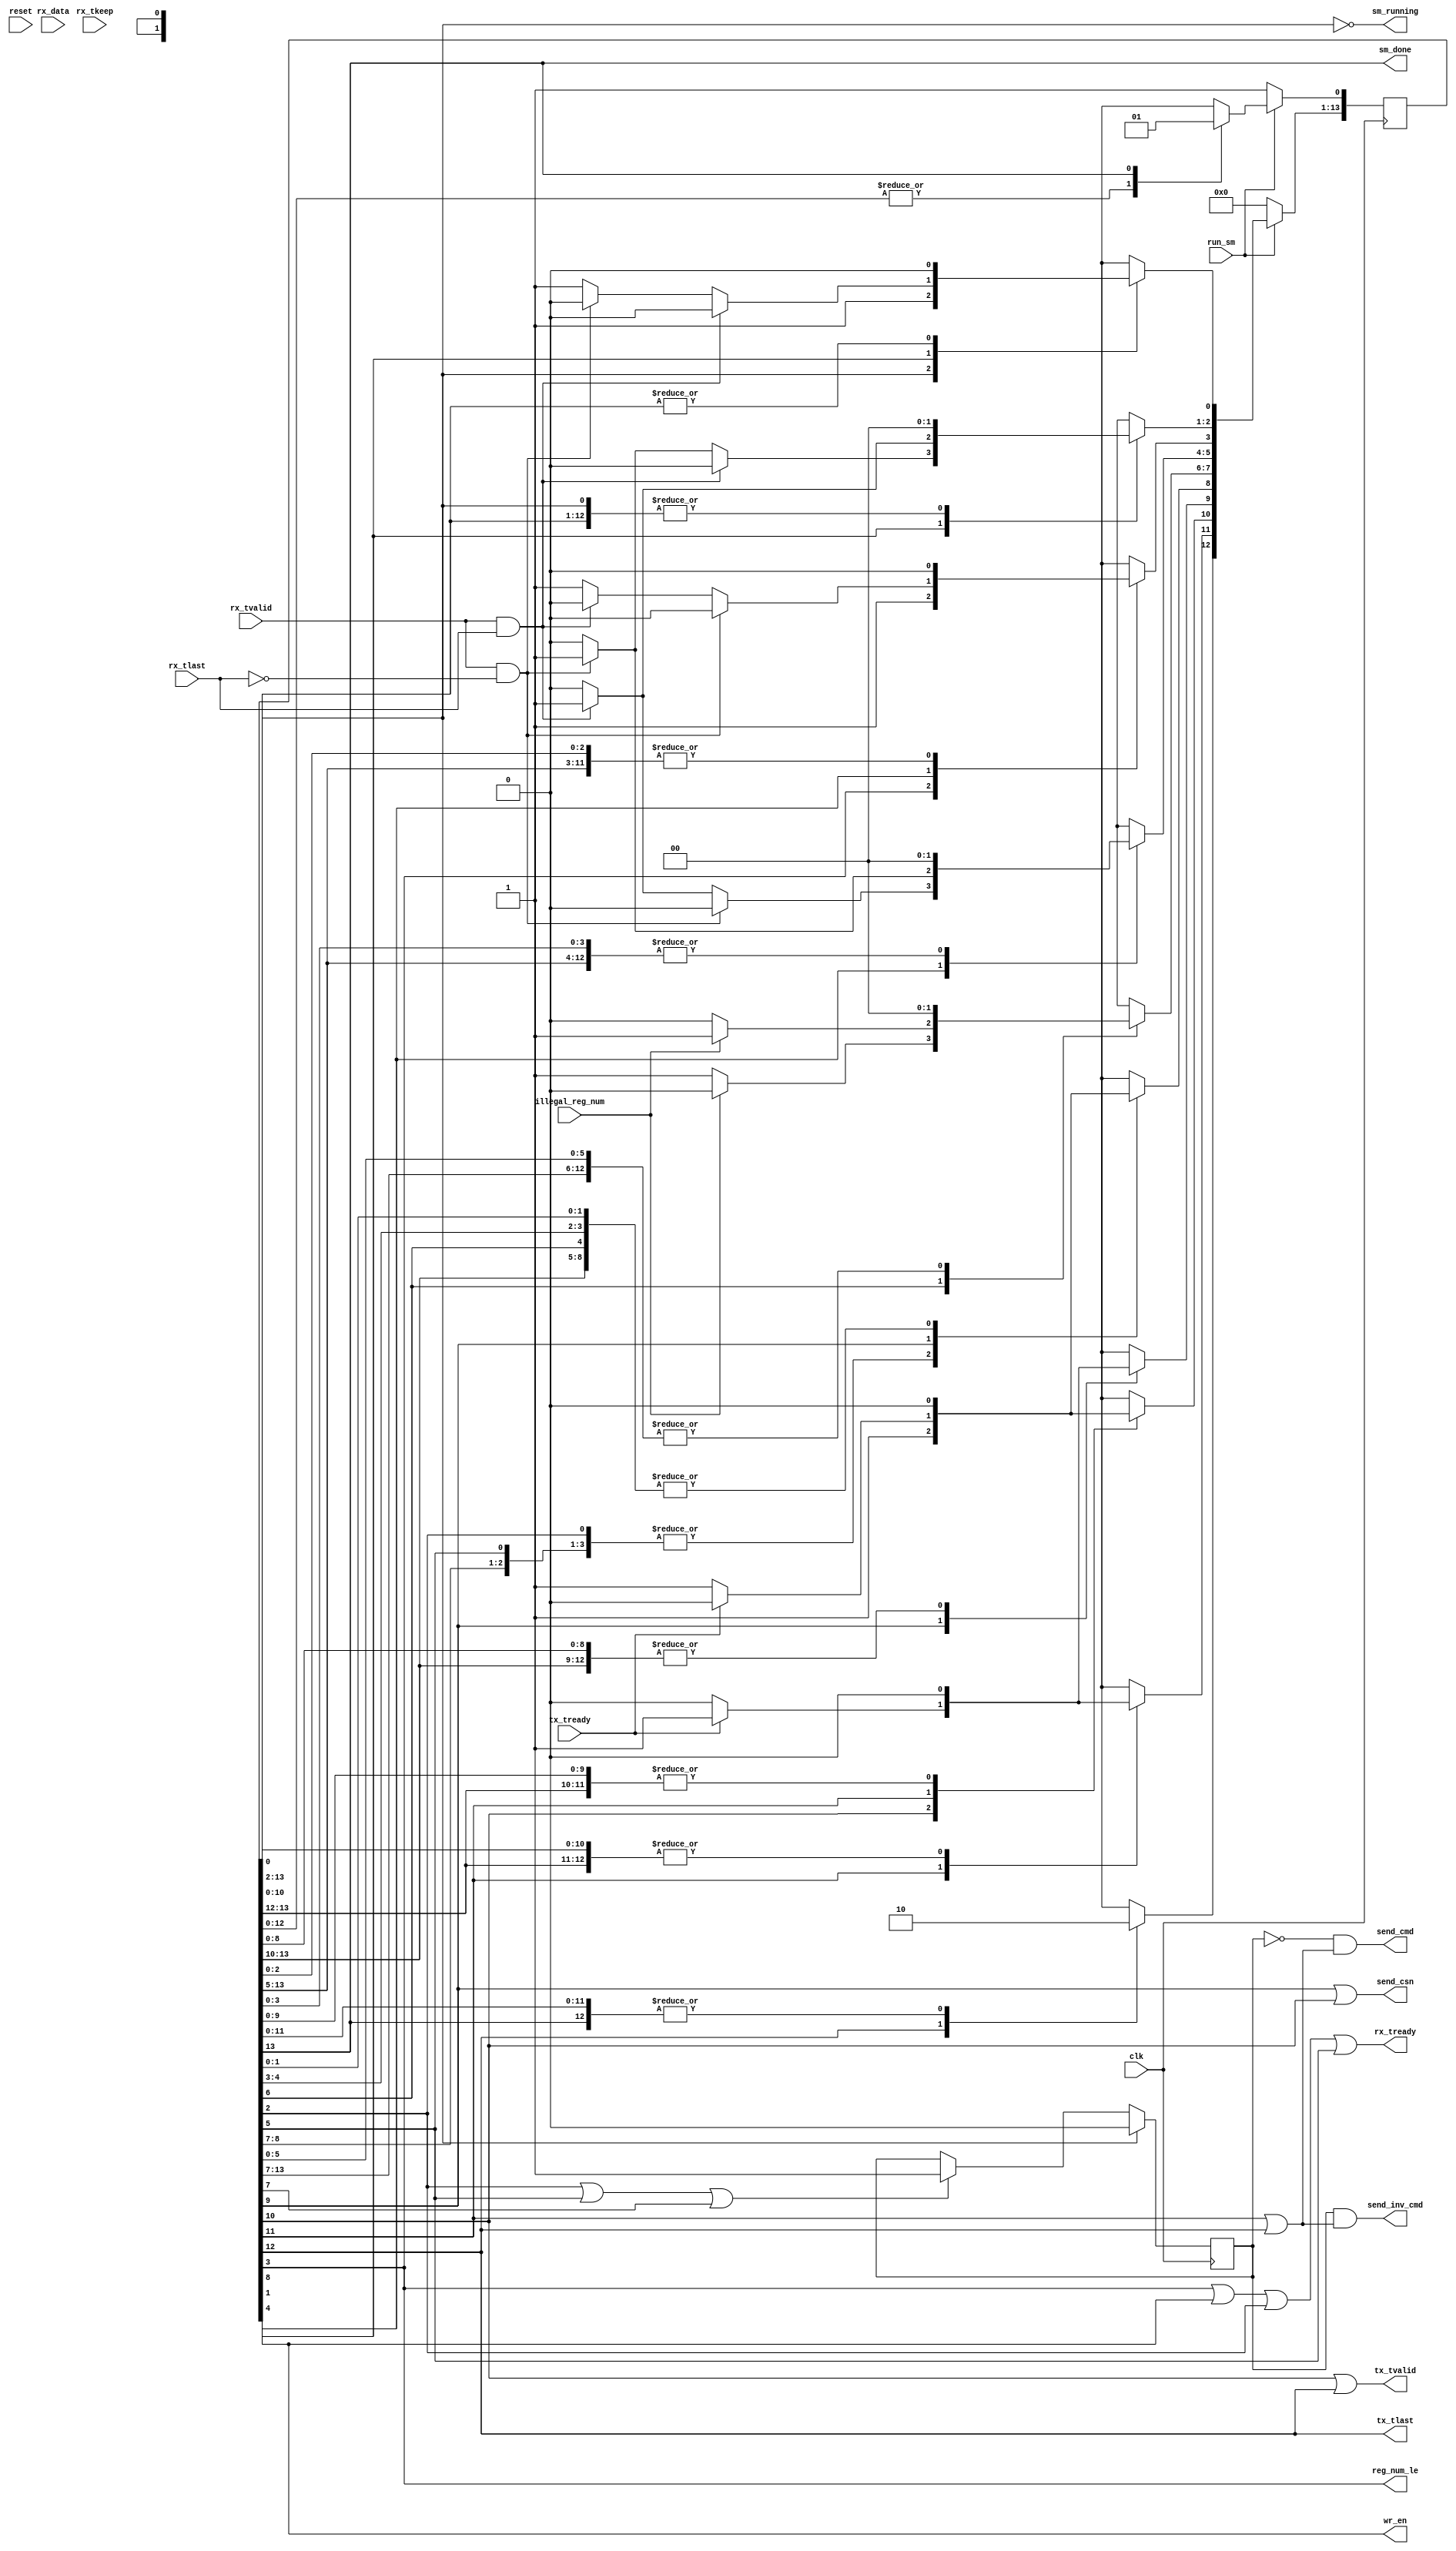
// cc_wr_reg_sm.v
//
// Write 32-bit data to one register from a channel.
// The register number must be from 0x00 thru 0x0f [0:15]
// The data is 32 bits
// 	`define	CC_WR_REG		5'd3	// Write a configuration register
//
// Structure of a command packet for CC_WR_REG:
// 1) Command Serial Number (CSN)
// 2) Command Code (CC)
// 3) Register Number
// 4) Data to be written
// 
// Structure of a "no error" response packet:
// 1) Response Serial Number (RSN) matching the CSN
// 2) Response Code (RC) matching the CC
//
// Structure of an "error" response packet:
// 1) Response Serial Number (RSN) matching the CSN
// 2) Response Code (RC) equals the bitwise inverse of the CC
 
module cc_wr_reg_sm (
	input clk,					// local clock
	input reset,				// active-high

	input run_sm,  		 	    // run this state machine
	output sm_running,			// we are running
	output sm_done,				// we are finished

	input rx_tvalid,            // valid data is available
    input [31:0] rx_data,       // received data
    input [0:3] rx_tkeep,       // which bytes are valid, should always be all of them
    input rx_tlast,             // final word in the frame
    output rx_tready,           // signal that we are accepting the data from the fifo

	output tx_tvalid,            // the data we are presenting is valid
    output tx_tlast,             // this is the final word in the frame
    input tx_tready,             // signal that the TX fifo has accepted the data

	output send_csn,			// send the CSN
	output send_cmd,			// send the CC
	output send_inv_cmd,		// send tin inverse CC

	//local controls
	output reg_num_le,			// enable saving the register number
	output wr_en,				// enable writing to the specific register
	input illegal_reg_num		// The desired register does not exist

	);

	// make a register to hold error status
	reg error_found;

    // Everything is already synchronous to the clock.

	// State machine for executing the 'wr_reg' command
	//  Leave the comments containing "synopsys" in your HDL code.
 
	// Declare the symbolic names for states for the state machine
	// Simplified one-hot encoding (each constant is an index into an array of bits)
	parameter [3:0]
		IDLE			= 4'd0,
		WAIT_REG_NUM	= 4'd1,
		ERROR_TLAST1	= 4'd2,
		LATCH_REG_NUM	= 4'd3,
		WAIT_DATA		= 4'd4,
		ERROR_TLAST2	= 4'd5,
		CHECK_REG_NUM	= 4'd6,
		ERROR_REG_NUM	= 4'd7,
		WRITE_DATA		= 4'd8,
		ECHO_CSN1		= 4'd9,
		ECHO_CSN2		= 4'd10,
		ECHO_CC1		= 4'd11,
		ECHO_CC2		= 4'd12,
		DONE			= 4'd13;
				
	// Declare current state and next state variables
	reg [13:0] /* synopsys enum STATE_TYPE */ CS;
	reg [13:0] /* synopsys enum STATE_TYPE */ NS;
	//synopsys state_vector CS

 
	// sequential always block for state transitions (use non-blocking [<=] assignments)
	// Reset the sm whenever we are not enabled
	always @ (posedge clk) begin
		if (!run_sm) begin
			CS <= 14'b0;				// set all state bits to 0
			CS[IDLE] <= 1'b1;		// set IDLE state bit to 1
		end
		else  CS <= NS;			// set state bits to next state
	end

	// combinational always block to determine next state  (use blocking [=] assignments) 
	always @ (CS or rx_tvalid or rx_tlast or tx_tready or illegal_reg_num) begin
		NS = 14'b0;					// default all bits to zero; will overrride one bit

		case (1'b1) //synopsys full_case parallel_case

			// We will be in the IDLE state whenever the command dispatcher does not enable us.
			// Once enabled, immediately start working
			//
			CS[IDLE]: begin
					// Get register number.
					NS[WAIT_REG_NUM] = 1'b1;
			end

			// We enter the WAIT_REG_NUM state after we have been started.
			// We stay here until data is valid.
			// rx_tlast should not be asserted along with the register number
			CS[WAIT_REG_NUM]: begin
				if (rx_tvalid && rx_tlast)
					// This is unexpected.
					// We need to flag an error and somehow resync
					NS[ERROR_TLAST1] = 1'b1;
				else if (rx_tvalid && !rx_tlast)
					// data is available, presumably the register number
					NS[LATCH_REG_NUM] = 1'b1;
				else
					// Stay here.
					NS[WAIT_REG_NUM] = 1'b1;
			end

			// We enter the ERROR_TLAST1 state whenever 'rx_tlast' was asserted when
			// we have collected a new register number.
			// We stay here for one cycle, during which the error flag is set.
			// 'rx_tready' is asserted to tell the RX FIFO that we have used the data,
			CS[ERROR_TLAST1]: begin
				// Go start the response sequence.
				NS[ECHO_CSN1] = 1'b1;
			end

			// We enter the LATCH_REG_NUM state whenever we have collected a new register number.
			// We stay here for one cycle, during which the register number is latched.
			// 'rx_tready' is asserted to tell the RX FIFO that we have used the data,
			CS[LATCH_REG_NUM]: begin
				// Go pause 1 cycle while the validity of the register number is determined.
				NS[WAIT_DATA] = 1'b1;
			end

			// We enter the WAIT_DATA state after we have received and latched the register number.
			// We stay here until data is valid.
			// rx_tlast should be asserted along with the data
			CS[WAIT_DATA]: begin
				if (rx_tvalid && !rx_tlast)
					// This is unexpected.
					// We need to flag an error and somehow resync
					NS[ERROR_TLAST2] = 1'b1;
				else if (rx_tvalid && rx_tlast)
					// data is available, presumably the register contents
					NS[CHECK_REG_NUM] = 1'b1;
				else
					// Stay here.
					NS[WAIT_DATA] = 1'b1;
			end

			// We enter the ERROR_TLAST2 state whenever 'rx_tlast' was not asserted when
			// we have collected data to be written to a register.
			// We stay here for one cycle, during which the error flag is set.
			// 'rx_tready' is asserted to tell the RX FIFO that we have used the data,
			CS[ERROR_TLAST2]: begin
				// Go start the response sequence.
				NS[ECHO_CSN1] = 1'b1;
			end

			// We enter the CHECK_REG_NUM state after we have determined the validity of the register number
			CS[CHECK_REG_NUM]: begin
				if (illegal_reg_num)
					// This is unexpected.
					// We need to flag an error and somehow resync
					NS[ERROR_REG_NUM] = 1'b1;
				else
					// Everything is OK.
					NS[WRITE_DATA] = 1'b1;
			end

			// We enter the ERROR_REG_NUM state whenever we have determined that the register
			// number is illegal.
			// We stay here for one cycle, during which the error flag is set.
			CS[ERROR_REG_NUM]: begin
				// Go start the response sequence.
				NS[ECHO_CSN1] = 1'b1;
			end
			
			// We enter the WRITE_DATA state whenever we have received data to write.
			// We stay here for one cycle, during which we assert 'wr_en' to save the data
			// and 'rx_tready' to tell the RX FIFO that we have used the data, 
			CS[WRITE_DATA]: begin
				// Go start the response sequence.
				NS[ECHO_CSN1] = 1'b1;
			end

			// We enter the ECHO_CSN1 state whenever we have either:
			//  1) determined that a valid register has been requested OR
			//  2) determined that an error has occurred
			// We stay here until the TX FIFO  is ready to accept data
			// The CSN is routed to the TX FIFO
			CS[ECHO_CSN1]: begin
				// Wait for the TX fifo to be ready.
				if (tx_tready)
					// Prepare to transmit the CSN
					NS[ECHO_CSN2] = 1'b1;
				else
					// Stay here
					NS[ECHO_CSN1] = 1'b1;
			end

			// We enter the ECHO_CSN2 state whenever the TX fifo is ready to accept the CSN.
			// We stay here for one cycle, during which we assert 'tx_tvalid'
			CS[ECHO_CSN2]: begin
				// 
				NS[ECHO_CC1] = 1'b1;
			end

			// We enter the ECHO_CC1 state whenever we have sent the CSN
			// We stay here until the TX FIFO is ready to accept data
			// The CC is routed to the TX FIFO
			CS[ECHO_CC1]: begin
				// Wait for the TX fifo to be ready.
				if (tx_tready)
					// Prepare to transmit the CC
					NS[ECHO_CC2] = 1'b1;
				else
					// Stay here
					NS[ECHO_CC1] = 1'b1;
			end

			// We enter the ECHO_CC2 state whenever the TX fifo is ready to accept the CC.
			// We stay here for one cycle, during which we assert 'tx_tvalid'.
			// We assert 'tx_tlast' and go to DONE.
			CS[ECHO_CC2]: begin
					NS[DONE] = 1'b1;
			end
			
			// We enter the DONE state whenever we have finished this command.
			// We stay here for one cycle
			CS[DONE]: begin
				// go wait for another command.
				NS[IDLE] = 1'b1;
			end

		endcase
	end // combinational always block to determine next state

	
	// set the error status
	always @ (posedge clk) begin
		if (CS[IDLE] == 1'b1)
			error_found <= 1'b0;
		else if ( CS[ERROR_TLAST1] == 1'b1  || CS[ERROR_TLAST2] == 1'b1 || CS[ERROR_REG_NUM] == 1'b1)
			error_found <= 1'b1;
		else
			error_found <= error_found;
	end
		
	// outputs are based on states
	// assert 'sm_running' whenever we are not in the IDLE state
	assign sm_running = !(CS[IDLE] == 1'b1);

	// assert 'sm_done' whenever we are in the DONE state
	assign sm_done = (CS[DONE] == 1'b1);

	// send the CSN
	assign send_csn = (CS[ECHO_CSN1] == 1'b1 || CS[ECHO_CSN2] == 1'b1 );

	// send either the CC or the inverse CC, depending on the error situation
	assign send_cmd     = !error_found && ((CS[ECHO_CC1] == 1'b1 || CS[ECHO_CC2] == 1'b1 ));			// send the CC
	assign send_inv_cmd =  error_found && ((CS[ECHO_CC1] == 1'b1 || CS[ECHO_CC2] == 1'b1 ));			// send the inverse CC

	// remove data from the RX FIFO
	assign rx_tready = (CS[LATCH_REG_NUM] == 1'b1 || CS[WRITE_DATA] == 1'b1 || CS[ERROR_TLAST1] == 1'b1 || CS[ERROR_TLAST2] == 1'b1);
	
	// send data to the TX FIFO
	assign tx_tvalid  = (CS[ECHO_CSN2] == 1'b1 || CS[ECHO_CC2] == 1'b1);

	// this is the last word to send
	assign tx_tlast = (CS[ECHO_CC2] == 1'b1);   // send with regular or inverse CC

	// enable saving the register number
	assign reg_num_le = (CS[LATCH_REG_NUM] == 1'b1);
	
	// enable writing of the specific register
	assign wr_en = 	(CS[WRITE_DATA] == 1'b1);	
	
endmodule